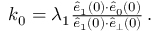
\begin{array} { r } { k _ { 0 } = \lambda _ { 1 } \frac { \hat { e } _ { 1 } ( 0 ) { \cdot } \hat { e } _ { 0 } ( 0 ) } { \hat { e } _ { 1 } ( 0 ) { \cdot } \hat { e } _ { \perp } ( 0 ) } \, . } \end{array}